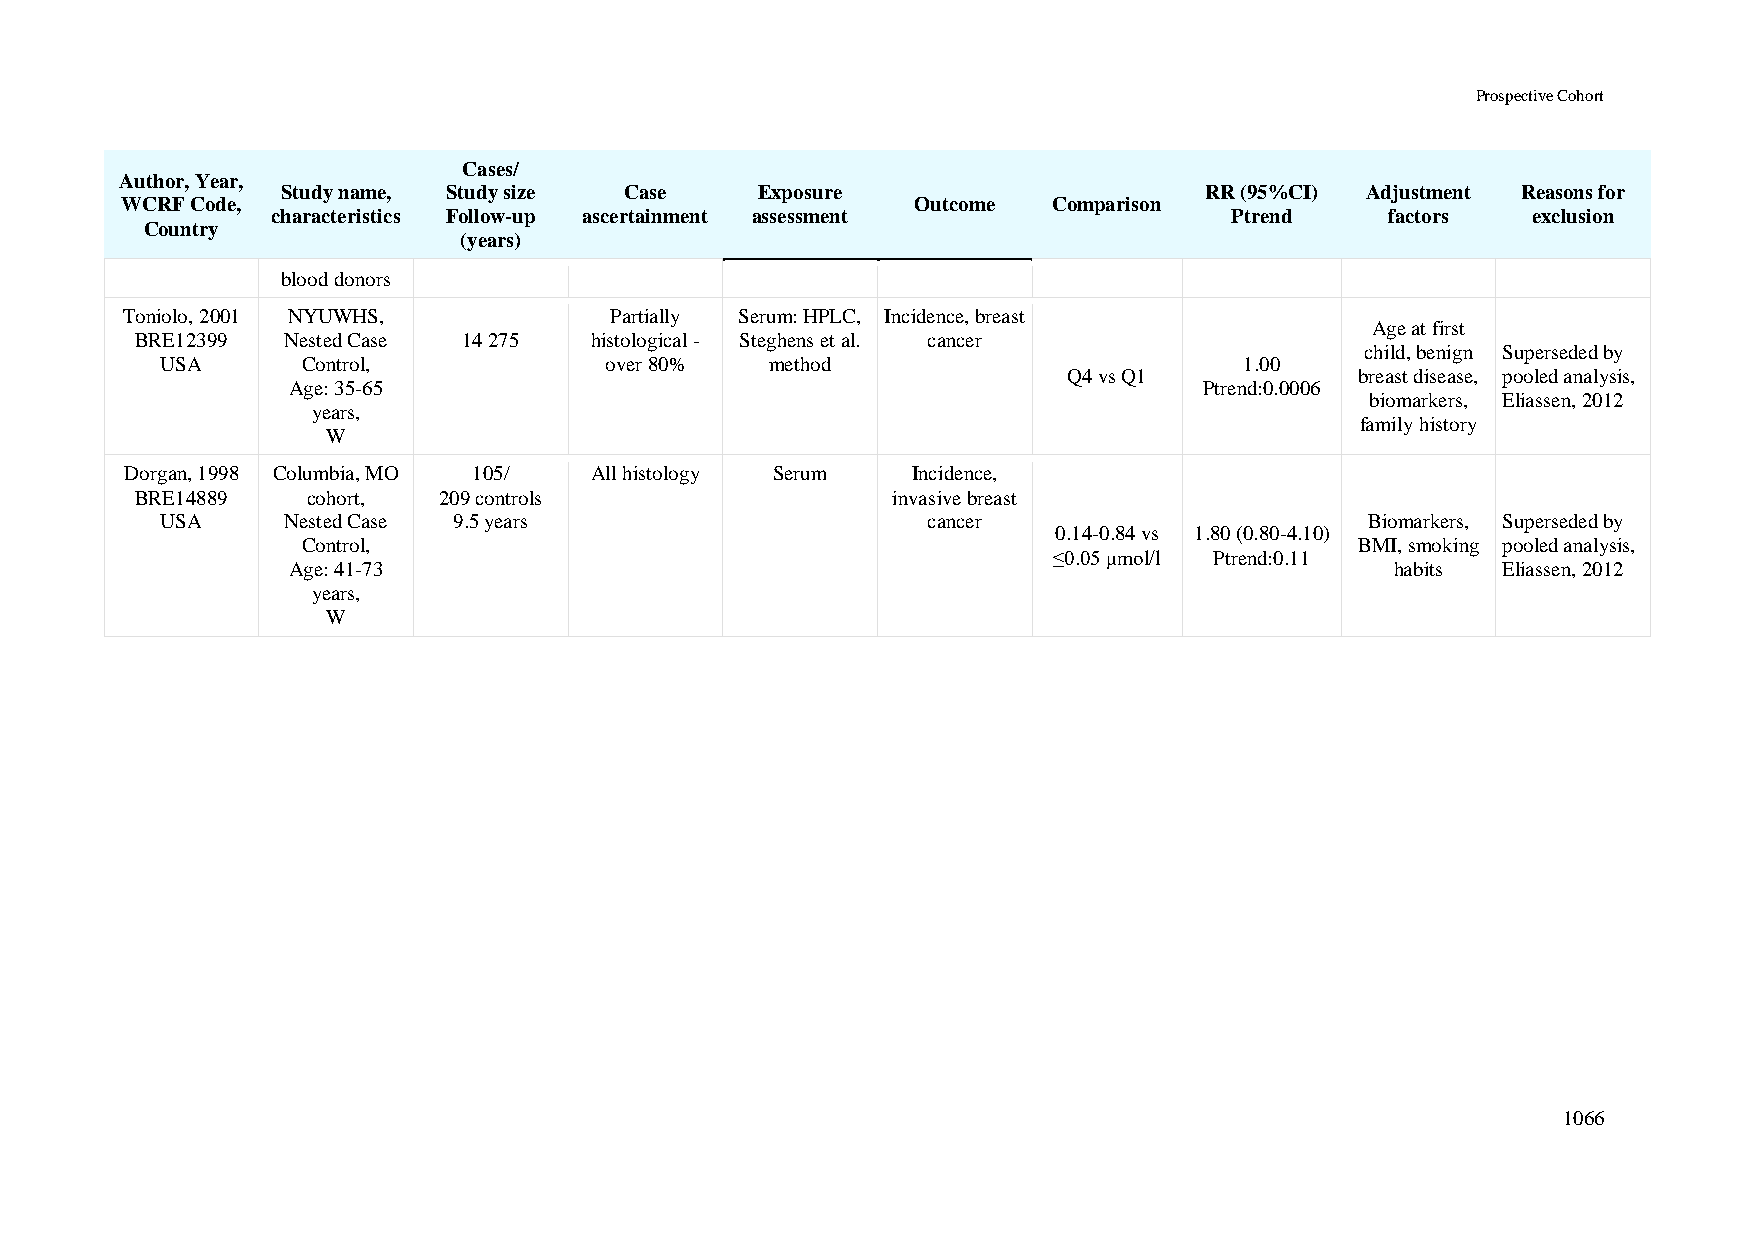
Prospective Cohort
 Cases/
 Author, Year,
 Study name, Study size Case    Exposure                      RR (95%CI) Adjustment Reasons for
 WCRF Code,                                           Outcome  Comparison
 characteristics Follow-up ascertainment assessment              Ptrend    factors  exclusion
 Country
 (years)
 blood donors
 Toniolo, 2001 NYUWHS,           Partially Serum: HPLC, Incidence, breast
 Age at first
 BRE12399  Nested Case 14 275  histological - Steghens et al. cancer
 child, benign Superseded by
 USA      Control,            over 80%   method                         1.00
 Q4 vs Q1           breast disease, pooled analysis,
 Age: 35-65                                                   Ptrend:0.0006
 biomarkers, Eliassen, 2012
 years,
 family history
 W
 Dorgan, 1998 Columbia, MO 105/ All histology Serum  Incidence,
 BRE14889   cohort,  209 controls                  invasive breast
 USA     Nested Case 9.5 years                     cancer                        Biomarkers, Superseded by
 0.14-0.84 vs 1.80 (0.80-4.10)
 Control,                                                              BMI, smoking pooled analysis,
 ≤0.05 μmol/l Ptrend:0.11
 Age: 41-73                                                               habits Eliassen, 2012
 years,
 W
 1066